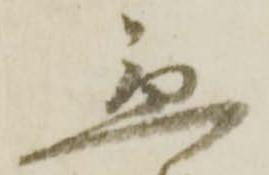
急